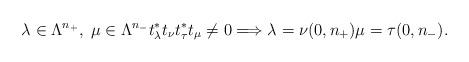
LaTeX: \begin{align*}\lambda\in \Lambda^{n_+},\;\mu \in \Lambda^{n_-}t_\lambda^* t_\nu t_\tau^*t_\mu\not=0\Longrightarrow \lambda=\nu(0,n_+)\mu=\tau(0,n_-).\end{align*}